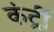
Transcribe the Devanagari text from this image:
कंर्ट्री